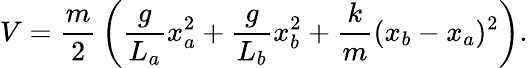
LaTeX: V={\frac{m}{2}}\left({\frac{g}{L_{a}}}x_{a}^{2}+{\frac{g}{L_{b}}}x_{b}^{2}+{\frac{k}{m}}(x_{b}-x_{a})^{2}\right).